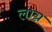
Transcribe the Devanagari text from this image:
लाग्न